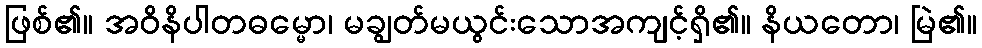
ဖြစ်၏။ အဝိနိပါတဓမ္မော၊ မချွတ်မယွင်းသောအကျင့်ရှိ၏။ နိယတော၊ မြဲ၏။